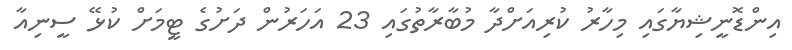
އިންޑޮނީޝިޔާގައި މިހާރު ކުރިއަށްދާ މުބާރާތުގައި 23 އަހަރުން ދަށުގެ ޓީމަށް ކުޅޭ ސީނިއާ